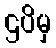
ဌပိမှ